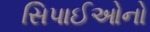
સિપાઈઓનો